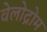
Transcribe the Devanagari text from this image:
वेलोद्रोम